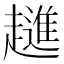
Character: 𧾄